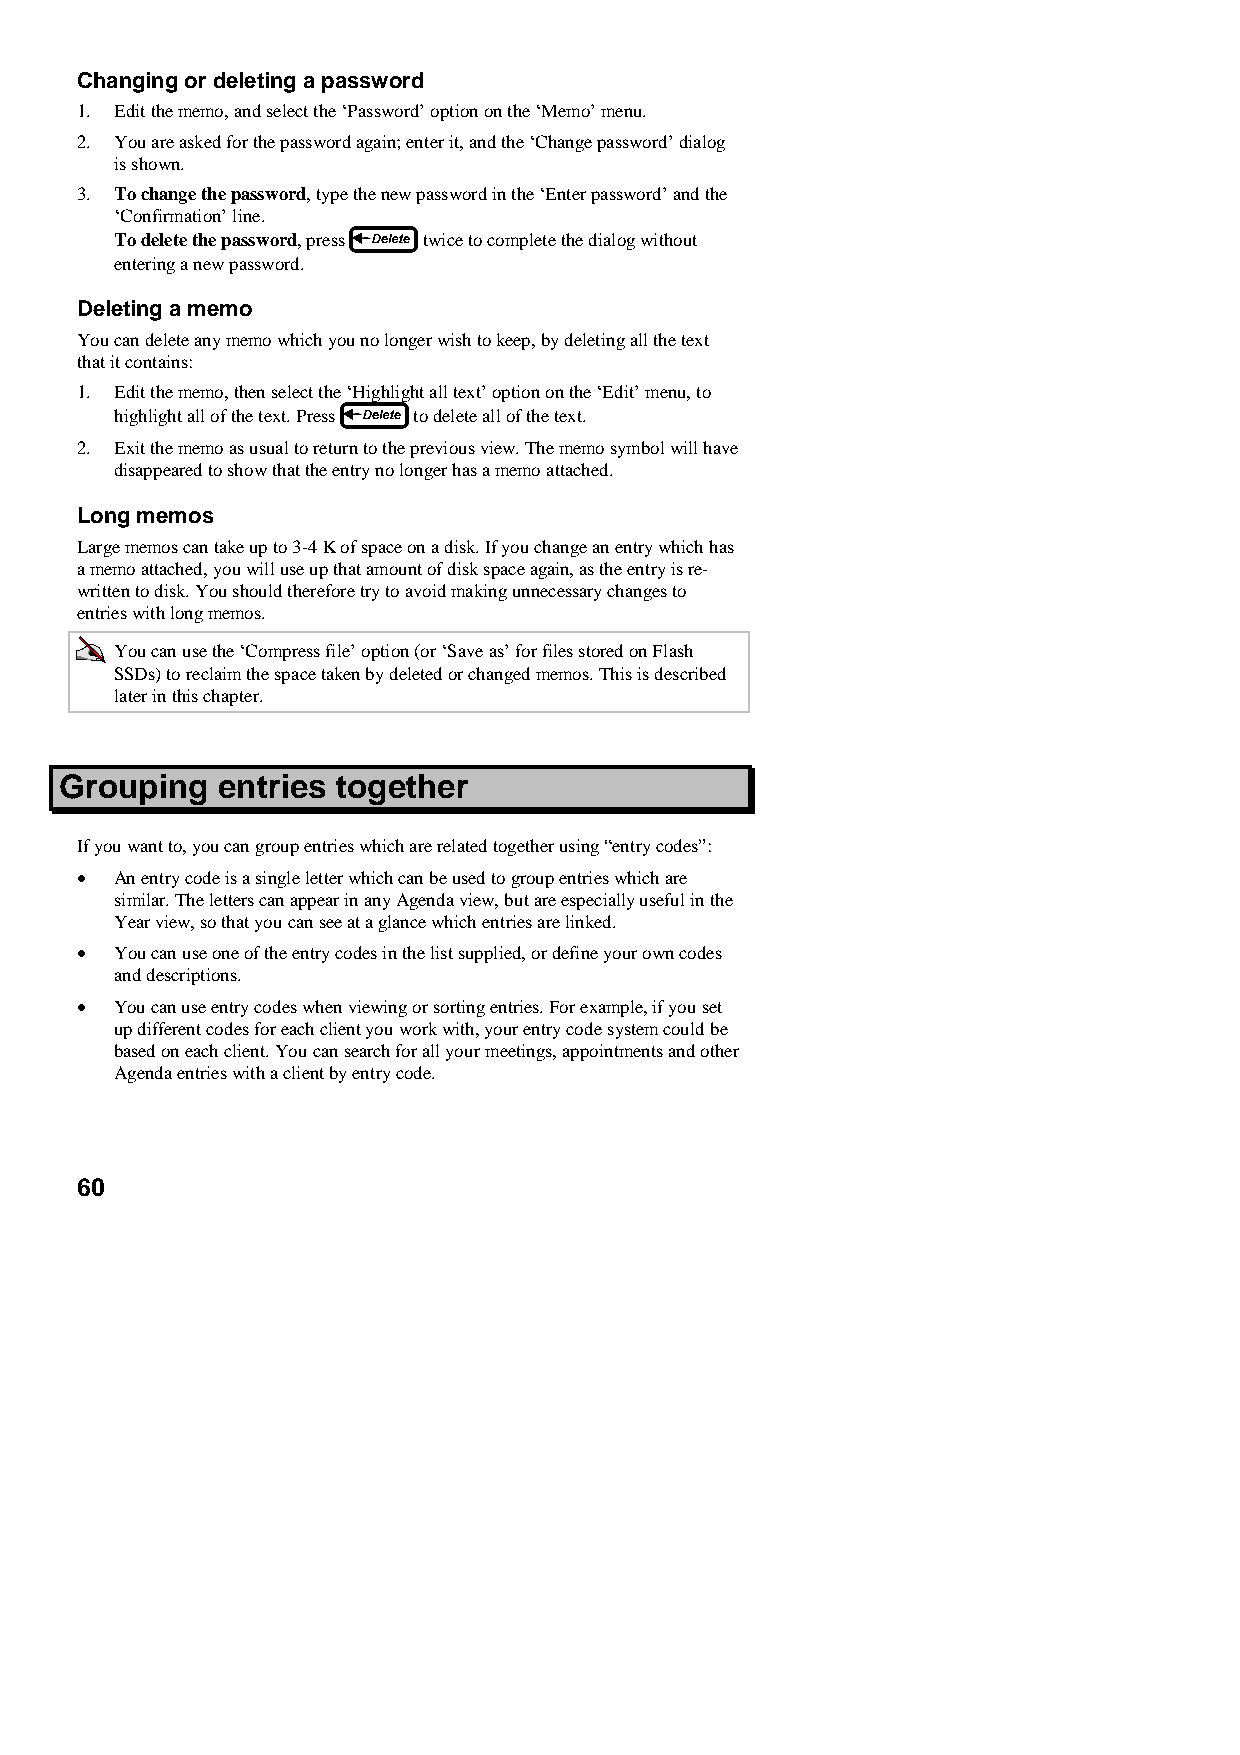
Changing or deleting a password
 1. Edit the memo, and select the ‘Password’ option on the ‘Memo’ menu.
 2. You are asked for the password again; enter it, and the ‘Change password’ dialog
 is shown.
 3. To change the password, type the new password in the ‘Enter password’ and the
 ‘Confirmation’ line.
 To delete the password, press twice to complete the dialog without
 entering a new password.
 Deleting a memo
 You can delete any memo which you no longer wish to keep, by deleting all the text
 that it contains:
 1. Edit the memo, then select the ‘Highlight all text’ option on the ‘Edit’ menu, to
 highlight all of the text. Press to delete all of the text.
 2. Exit the memo as usual to return to the previous view. The memo symbol will have
 disappeared to show that the entry no longer has a memo attached.
 Long memos
 Large memos can take up to 3-4 K of space on a disk. If you change an entry which has
 a memo attached, you will use up that amount of disk space again, as the entry is re-
 written to disk. You should therefore try to avoid making unnecessary changes to
 entries with long memos.
 You can use the ‘Compress file’ option (or ‘Save as’ for files stored on Flash
 SSDs) to reclaim the space taken by deleted or changed memos. This is described
 later in this chapter.
 Grouping  entries together
 If you want to, you can group entries which are related together using “entry codes”:
 •  An entry code is a single letter which can be used to group entries which are
 similar. The letters can appear in any Agenda view, but are especially useful in the
 Year view, so that you can see at a glance which entries are linked.
 •  You can use one of the entry codes in the list supplied, or define your own codes
 and descriptions.
 •  You can use entry codes when viewing or sorting entries. For example, if you set
 up different codes for each client you work with, your entry code system could be
 based on each client. You can search for all your meetings, appointments and other
 Agenda entries with a client by entry code.
 60